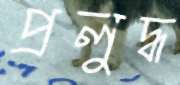
প্রলুদ্ধ